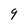
Character: 9